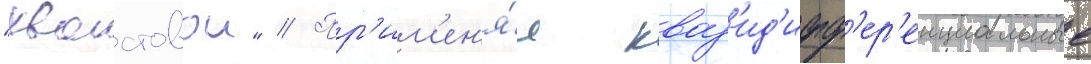
"хвостовои" // Пр'им'ен'я́я кваз'ид'ифф'ер'енциальные